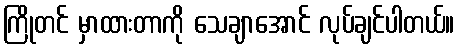
ကြိုတင် မှာထားတာကို သေချာအောင် လုပ်ချင်ပါတယ်။